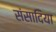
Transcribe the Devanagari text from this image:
संसादिया